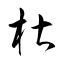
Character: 椹